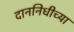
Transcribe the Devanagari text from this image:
दाननिधीच्या